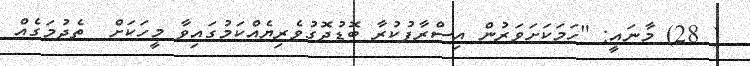
( 28) މާނައީ: "ހަމަކަށަވަރުން އިސްރާފުކުރާ ބޮޑުދޮގުވެރިޔެއްކަމުގައިވާ މީހަކަށް  ތެދުމަގެއް